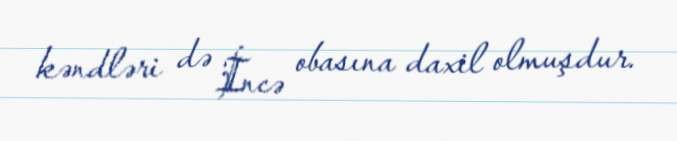
kəndləri də İncə obasına daxil olmuşdur.